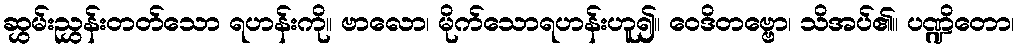
ဆွှမ်းညွှန်းတတ်သော ရဟန်းကို။ ဗာလော၊ မိုက်သောရဟန်းဟူ၍။ ဝေဒိတဗ္ဗော၊ သိအပ်၏။ ပဏ္ဍိတော၊